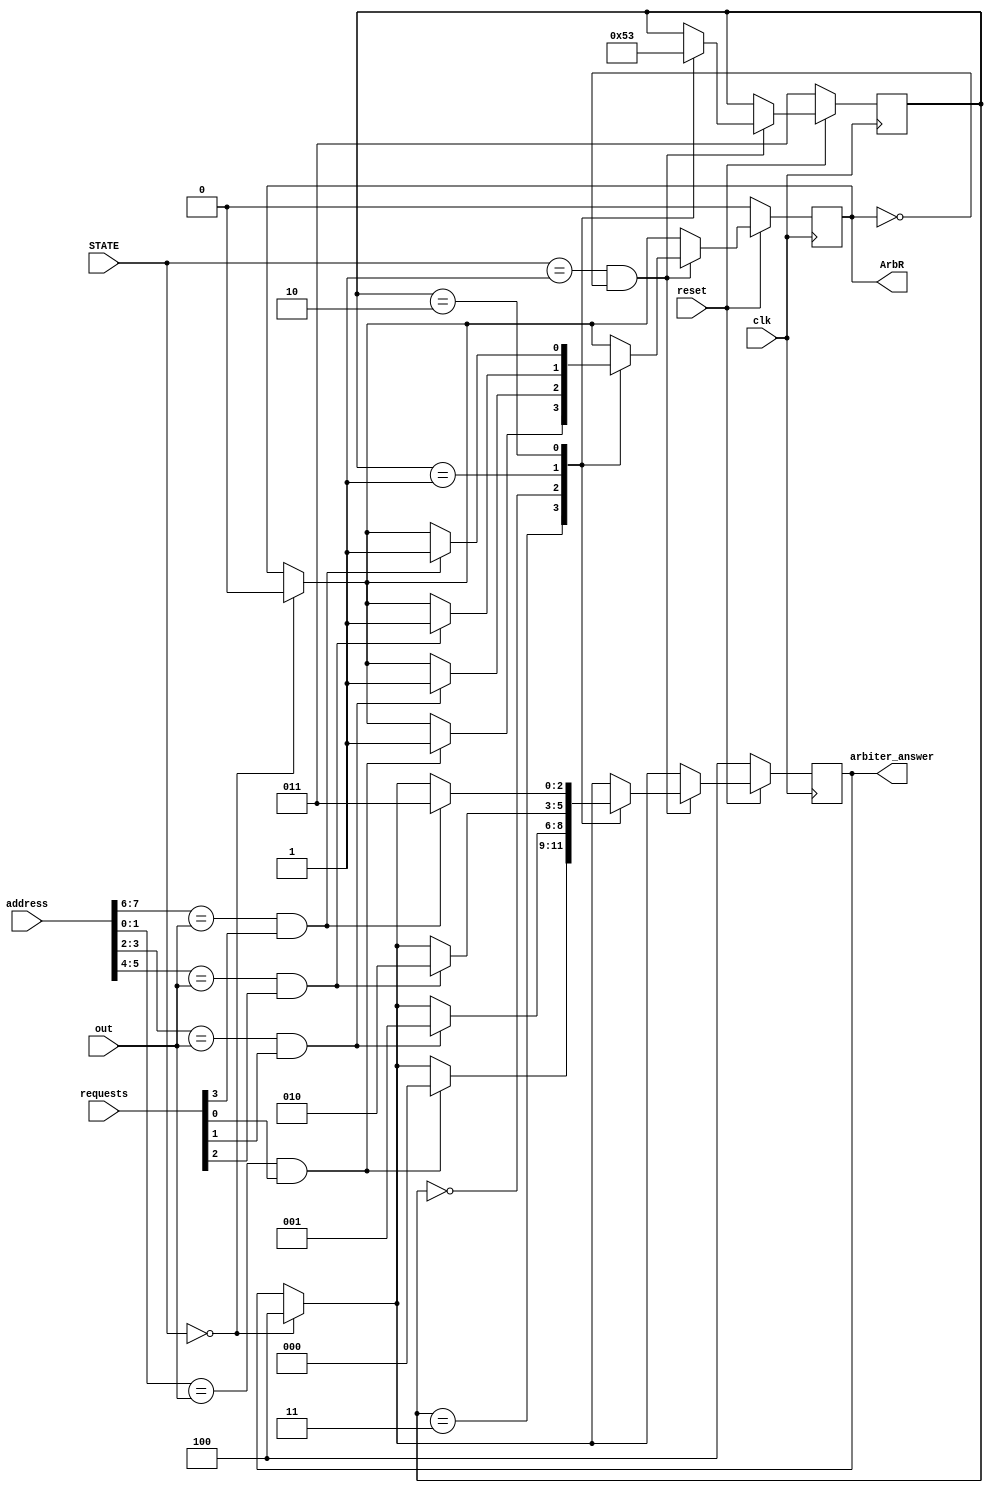
`timescale 1ns / 1ps
//////////////////////////////////////////////////////////////////////////////////
// Company: 
// Engineer: 
// 
// Design Name: 
// Module Name: out_arbiter
// Project Name: 
// Target Devices: Round Robin Arbiter (for Crossbar Switch 4)
// Tool Versions: 
// Description: 
// 
// Dependencies: 
// 
// Revision:
// Revision 1.1 - solved problem at FPGA
// Additional Comments:
// 
//////////////////////////////////////////////////////////////////////////////////


module out_arbiter	(
		
						out, requests, address, arbiter_answer, ArbR, STATE, clk, reset
    
    					);
    					
    input 	wire [1:0]	out;			
    input 	wire [3:0] 	requests;
    input 	wire [7:0] 	address;
    output 	reg  [2:0]	arbiter_answer;			
    output 	reg 		ArbR; 	//Arbiter gives Answer		
    input	wire [2:0]	STATE; //state on State Mash on output
    input	wire		clk;
    input	wire		reset;
    
            reg [2:0]   Previous;
    
    
    initial
    	begin
    		Previous <= 3'b011;
    		ArbR <= 1'b0;
    		arbiter_answer <= 3'b100;
    	end
    	
    	
    always @(posedge clk)
    	begin
    	
    	if (STATE==3'b000) 
            begin
                arbiter_answer <= 3'b100;
                ArbR <= 1'b0;
            end
    	
    	if (reset==1'b0)
		   begin
                arbiter_answer <= 3'b100;
                Previous <= 3'b011;
                ArbR <= 1'b0;
		   end 
    
		else	
		
		begin
		      
		      if (STATE==3'b001 && ArbR==1'b0)
						
				case (Previous) 
					3'b011 : 		
							begin
								if (address[1:0] == out && requests[0]==1) 
									begin
										arbiter_answer <= 3'b000;
										ArbR <= 1'b1;
									end
								Previous <= 3'b000;
							end
					3'b000 :				
							begin
								if (address[3:2] == out && requests[1]==1) 
									begin
										arbiter_answer <= 3'b001;
										ArbR <= 1'b1;
									end
								Previous <= 3'b001;
							end
					3'b001 :					
							begin
								if (address[5:4] == out && requests[2]==1) 
									begin
										arbiter_answer <= 3'b010;
										ArbR <= 1'b1;
									end
								Previous <= 3'b010;
							end
					3'b010 :						
							begin
								if (address[7:6] == out && requests[3]==1) 
									begin
										arbiter_answer <= 3'b011;
										ArbR <= 1'b1;
									end
								Previous <= 3'b011;		
							end
					endcase
				
			
			end
			
		end


    
endmodule